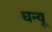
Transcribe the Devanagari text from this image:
घन्यू